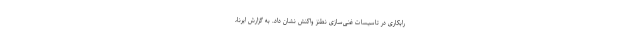
رابکاری در تاسیسات غنی‌سازی نطنز واکنش نشان داد. به گزارش ایرنا،